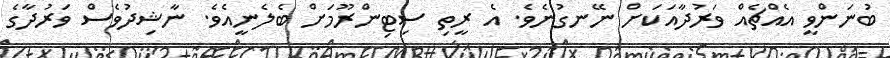
ބުނަންވީ އެއްޗެއް ވަރުދާއަކަށް ނޭނގުނެވެ. އެ ރީތި ސިޓިންރޫމަށް ބެލެނީއެވެ. ނާޝިދުވެސް ވަރުދާގެ